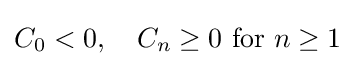
C_{0}<0,\quad C_{n}\geq 0{\text{ for }}n\geq 1